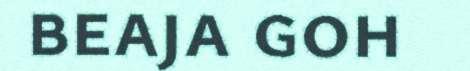
beaja goh